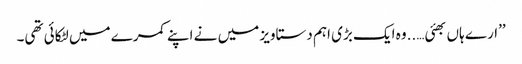
’’ارے ہاں بھئی…..وہ ایک بڑی اہم دستاویز میں نے اپنے کمرے میں لٹکائی تھی۔